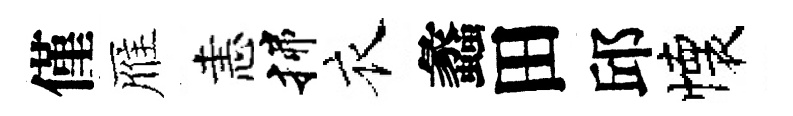
僅雁恚揲衣蠡田邱懐